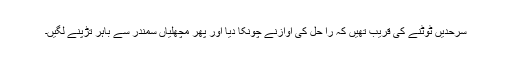
سرحدیں ٹوٹنے کی قریب تھیں کہ را حل کی آوازنے چونکا دیا اور پھر مچھلیاں سمندر سے باہر تڑپنے لگیں۔